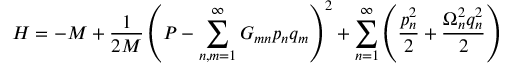
H = - M + \frac { 1 } { 2 M } \left( P - \sum _ { n , m = 1 } ^ { \infty } G _ { m n } p _ { n } q _ { m } \right) ^ { 2 } + \sum _ { n = 1 } ^ { \infty } \left( \frac { p _ { n } ^ { 2 } } { 2 } + \frac { \Omega _ { n } ^ { 2 } q _ { n } ^ { 2 } } { 2 } \right)